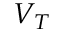
V _ { T }